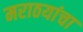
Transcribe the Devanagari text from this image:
मराठयांचा